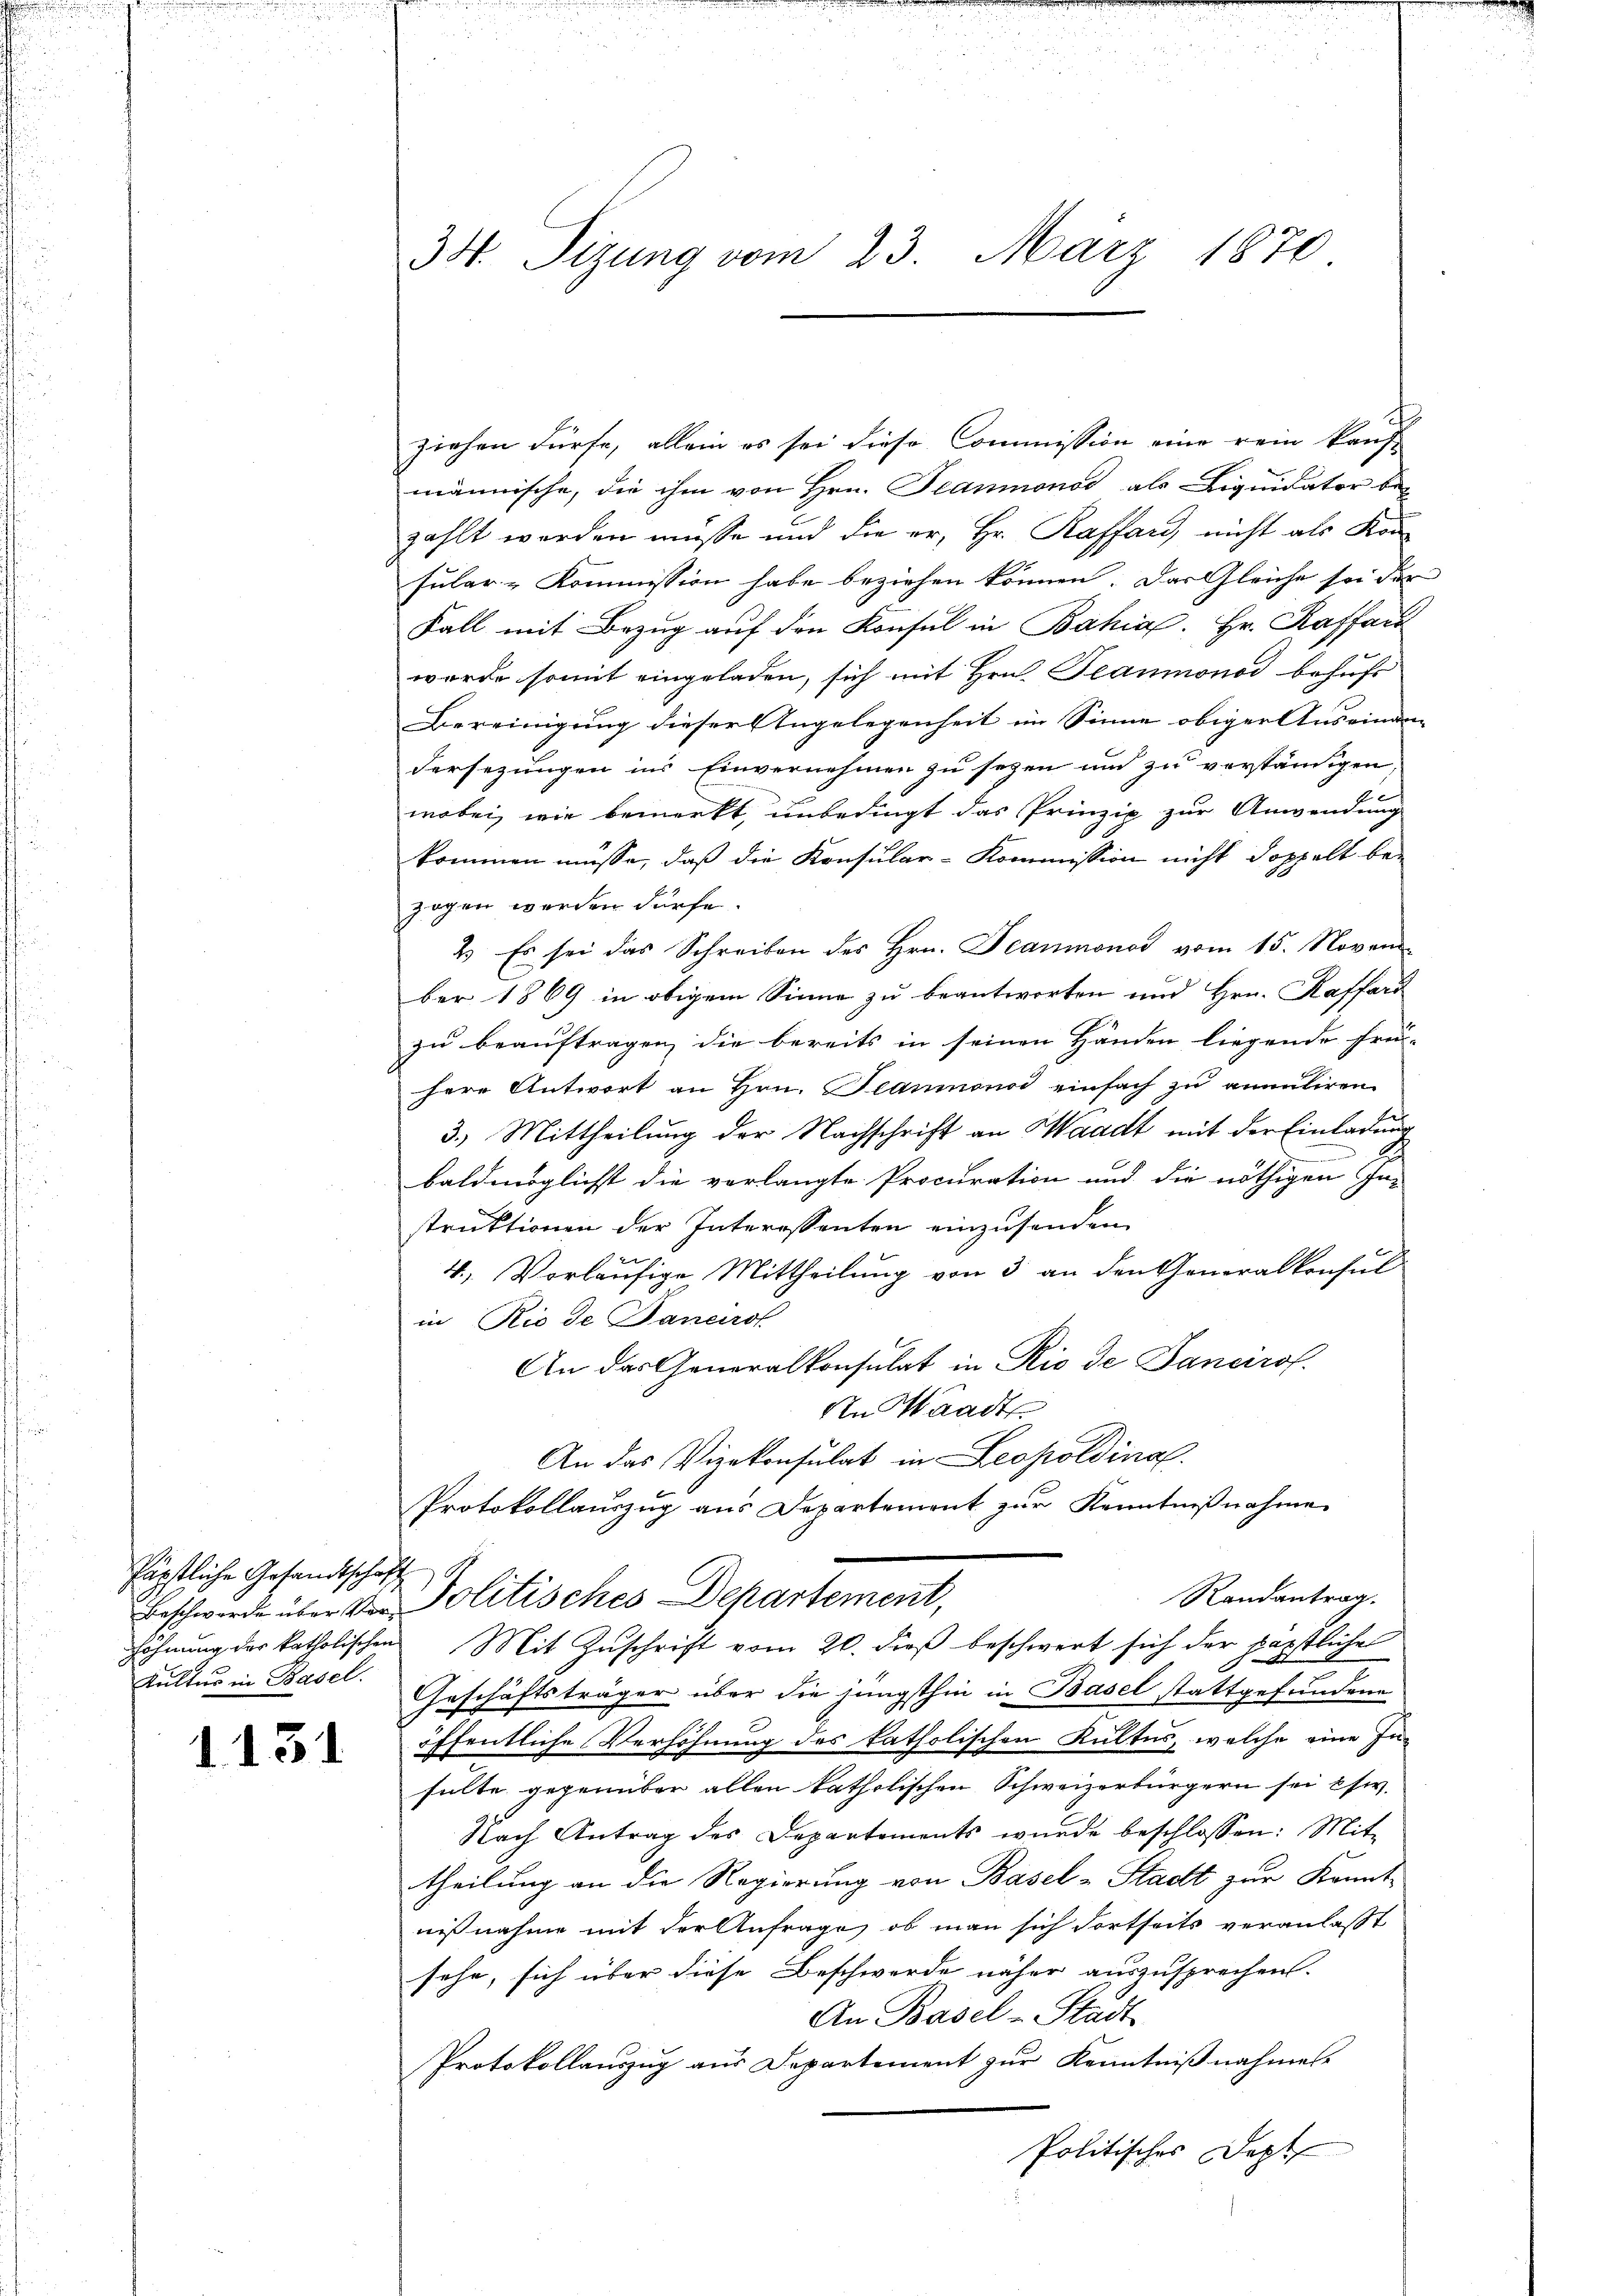
Päpstliche Gesandtschaft
Kultur in Basel.

1.131

34. Sizung vom 23. März 1870

ziehen dürfe, allein es sei diese Commission eine rein kauft
männische, die ihm von Hrn. Trammonod, als Liquidator be-
zahlt werden müsse und die er, Hr. Raffand, nicht als Kon
sular-Kommission habe beziehen können. Das Gleiche sei der
Fall mit Bezug auf den Konsul in Bahia. Hr. Raffais
werde somit eingeladen, sich mit Hrn. Teaumonod behufs
Bereinigung dieser Angelegenheit im Sinne obiger Auseinan
dersezungen ins Einvernehmen zu seyen und zu verständigen,
wobei, wie bemerkt, unbedingt das Prinzip zur Anwendung
kommen müsse, daß die Konsular-Kommission nicht doppelt be-
zogen werden dürfe.
2.) Es sei das Schreiben des Hrn. Jeaumonos vom 15. Novem
ber 1869 in obigem Sinne zu beantworten und Hrn. Kaffard
zu beauftragen, die bereits in seinen Händen liegende Frei-
herr Antwort an Hrn. Jeanmnonod einfach zu annuliren.
3.) Mittheilung der Nachschrift an Waadt mit der Einladung
baldmöglichst die verlangte Procuration und die nöthigen In-
struktionen der Interessenten einzusenden.
4., Vorläufige Mittheilung von 3 an den Generalkonsul
in Rio de Janeirol
An das Generalkonsulat in Rio de Sancirof.
An Waadt
An das Vizekonsulat in Leopoldina
Protokollauszug aus Departemont zur Kenntnißnahme
Randantrag.
Beschwurde über der Politisches Departement,
höhnung der katholischen Mit Zuschrift vom 20. dieß beschwert sich der päpstliche
Geschäftsträger über die jüngsthin in Basel stattgefundene
öffentliche Verhöhnung des katholischen Kultus, welche eine In-
sulte gegenüber allen katholischen Schweizerbürgern sei esw.
Nach Antrag des Departements wurde beschlossen: Mit
theilung an die Regierung von Basel-Stadt zur Kennt-
nißnahme mit der Anfrage, ob man sich dortseits veranlaßt
sehe, sich über diese Beschwerde näher auszusprechen.
An Basel u Stadt
Protokollauszug aus Departement zur Kenntnißnahme
Politisches Dopt